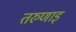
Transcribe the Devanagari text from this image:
तरुणाइ